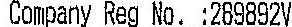
COMPANY REG NO.: 28982V